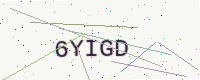
Text: 6YIGD